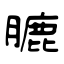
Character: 膔